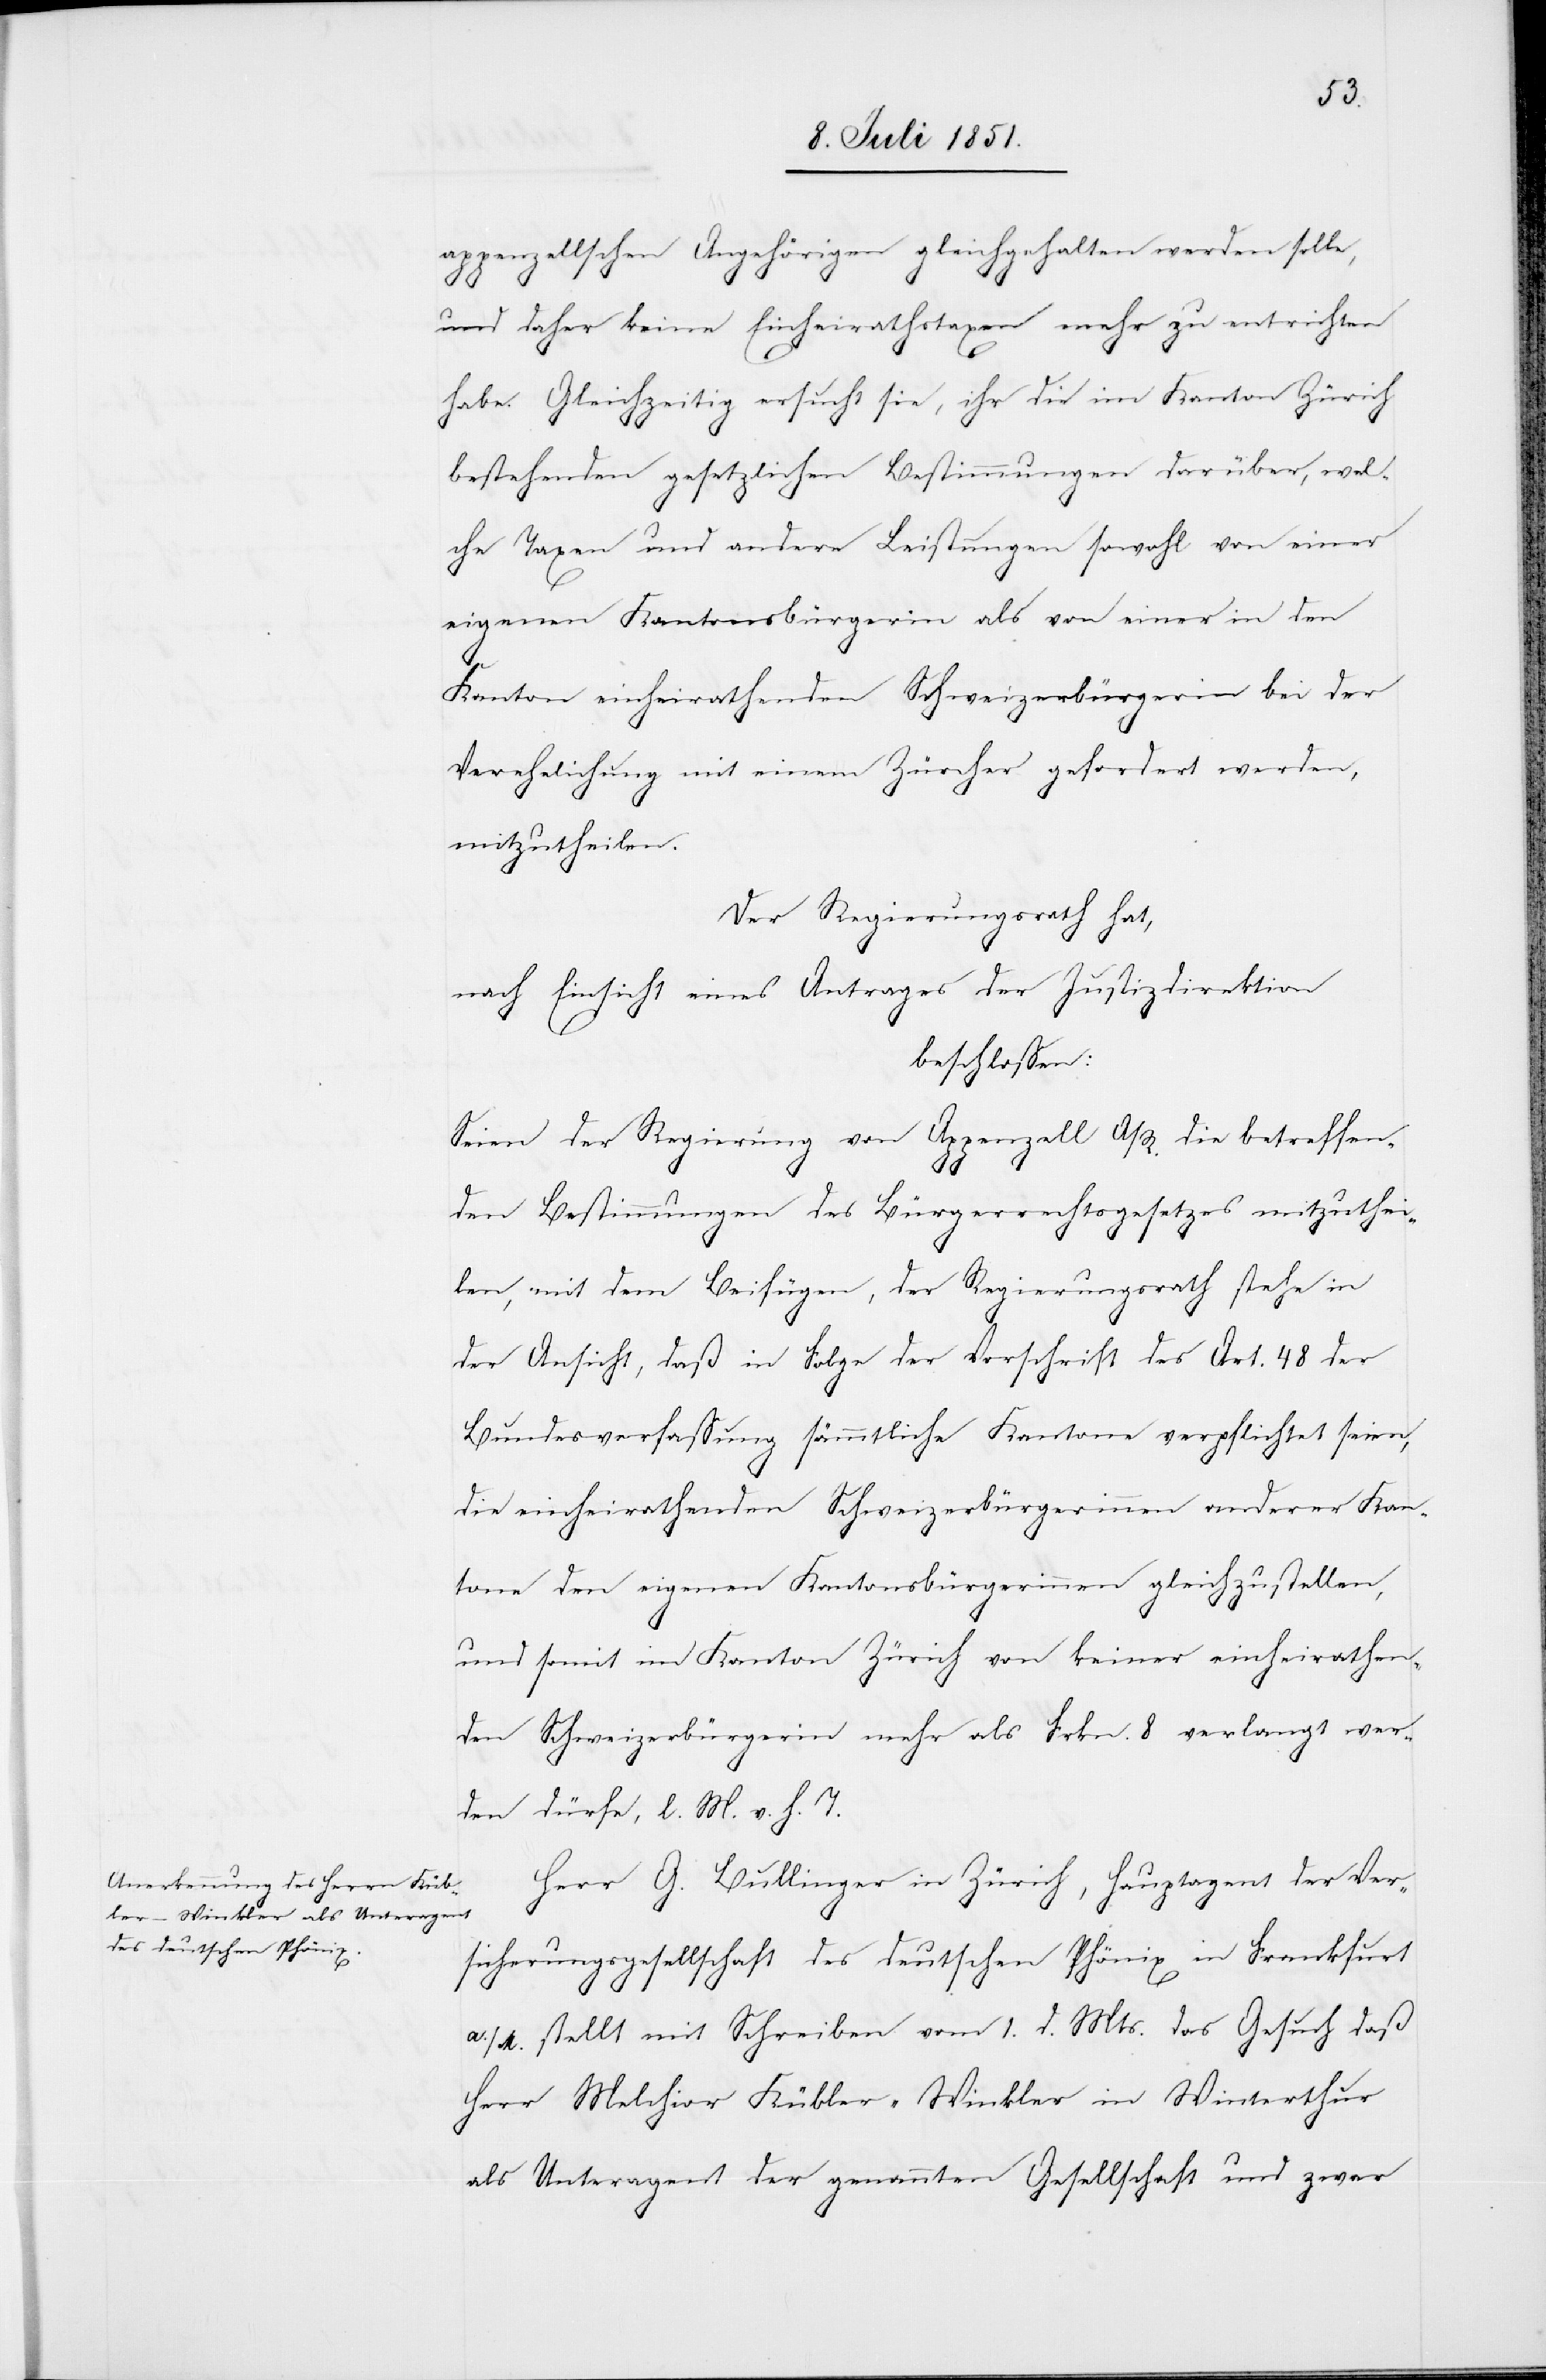
appenzellschen Angehörigen gleichgehalten werden solle,
und daher keine Einheirathstaxen mehr zu entrichten
habe. Gleichzeitig ersucht sie, ihr die im Kanton Zürich
bestehenden gesetzlichen Bestimmungen darüber, wel¬
che Taxen und andere Leistungen sowohl von einer
eigenen Kantonsbürgerin als von einer in den
Kanton einheirathenden Schweizerbürgerin bei der
Verehelichung mit einem Zürcher gefordert werden,
mitzutheilen.
Der Regierungsrath hat,
nach Einsicht eines Antrages der Justizdirektion
beschlossen:
Seien der Regierung von Appenzell A/R. die betreffen¬
den Bestimmungen des Bürgerrechtsgesetzes mitzuthei¬
len, mit dem Beifügen, der Regierungsrath stehe in
der Ansicht, daß in Folge der Vorschrift des Art. 48 der
Bundesverfassung sämmtliche Kantone verpflichtet seien,
die einheirathenden Schweizerbürgerinnen anderer Kan¬
tone den eigenen Kantonsbürgerinnen gleichzustellen,
und somit im Kanton Zürich von keiner einheirathen¬
den Schweizerbürgerin mehr als Frkn. 8 verlangt wer¬
den dürfe, l. M. v. h. T.
Herr G. Bullinger in Zürich, Hauptagent der Ver¬
sicherungsgesellschaft des deutschen Phönix in Frankfurt
a/M. stellt mit Schreiben vom 1. d. Mts. das Gesuch daß
Herr Melchior Kübler-Winkler in Winterthur
als Unteragent der genannten Gesellschaft und zwar